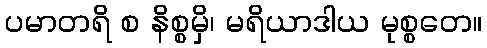
ပမာတရိ စ နိစ္စမှိ၊ မရိယာဒါယ မုစ္စတေ။